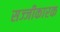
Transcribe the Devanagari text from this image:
सज्जीकारक